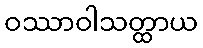
ဝဿာဝါသတ္ထာယ